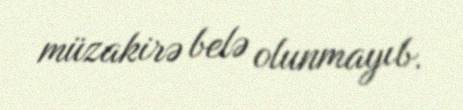
müzakirə belə olunmayıb.